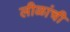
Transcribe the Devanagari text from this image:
लीळांची